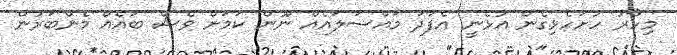
މިހާރު ހުށަހެޅިގެން އުޅެނީ އެފަދަ މައްސަލައެއް ނޫން ކަމަށް ވެސް ބައެއް މެންބަރުން